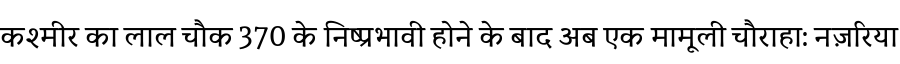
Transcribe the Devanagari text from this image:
कश्मीर का लाल चौक 370 के निष्प्रभावी होने के बाद अब एक मामूली चौराहा: नज़रिया